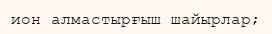
ион алмастырғыш шайырлар;